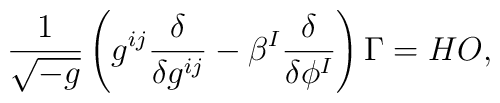
\frac{1}{\sqrt{-g}}\left( g^{ij}{\frac{\delta }{\delta g^{ij}}} - \beta^I \frac{\delta}{\delta\phi^I}\right) \Gamma = HO,